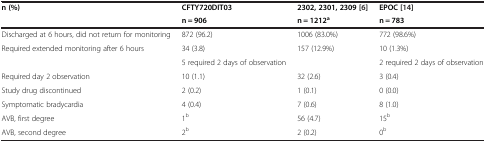
<table><thead><tr><td rowspan="2"><b>n (%)</b></td><td><b>CFTY720DIT03</b></td><td><b>2302, 2301, 2309 [6]</b></td><td><b>EPOC [14]</b></td></tr><tr><td><b>n = 906</b></td><td><b>n = 1212<sup>a</sup></b></td><td><b>n = 783</b></td></tr></thead><tbody><tr><td>Discharged at 6 hours, did not return for monitoring</td><td>872 (96.2)</td><td>1006 (83.0%)</td><td>772 (98.6%)</td></tr><tr><td rowspan="2">Required extended monitoring after 6 hours</td><td>34 (3.8)</td><td rowspan="2">157 (12.9%)</td><td>10 (1.3%)</td></tr><tr><td>5 required 2 days of observation</td><td>2 required 2 days of observation</td></tr><tr><td>Required day 2 observation</td><td>10 (1.1)</td><td>32 (2.6)</td><td>3 (0.4)</td></tr><tr><td>Study drug discontinued</td><td>2 (0.2)</td><td>1 (0.1)</td><td>0 (0.0)</td></tr><tr><td>Symptomatic bradycardia</td><td>4 (0.4)</td><td>7 (0.6)</td><td>8 (1.0)</td></tr><tr><td>AVB, first degree</td><td>1<sup>b</sup></td><td>56 (4.7)</td><td>15<sup>b</sup></td></tr><tr><td>AVB, second degree</td><td>2<sup>b</sup></td><td>2 (0.2)</td><td>0<sup>b</sup></td></tr></tbody></table>